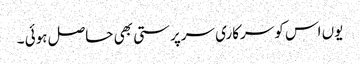
یوں اس کو سرکاری سرپرستی بھی حاصل ہوئی ۔